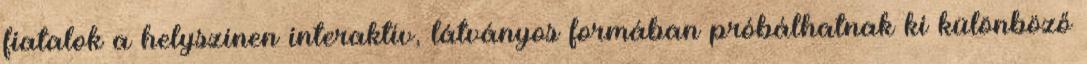
fiatalok a helyszínen interaktív, látványos formában próbálhatnak ki különböző